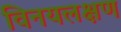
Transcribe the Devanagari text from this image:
विनयलक्षण